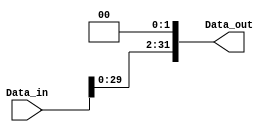
module shift_left2_32 (
    input wire [31:0] Data_in,
    output wire [31:0] Data_out
);

    assign Data_out = {Data_in<<2};

endmodule